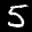
Label: 5